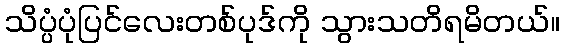
သိပ္ပံပုံပြင်လေးတစ်ပုဒ်ကို သွားသတိရမိတယ်။